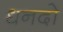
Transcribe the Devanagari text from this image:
धनदो